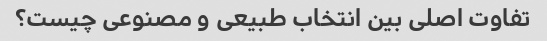
تفاوت اصلی بین انتخاب طبیعی و مصنوعی چیست؟